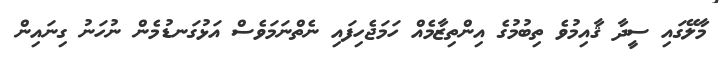
މާލޭގައި ސީދާ ޤާއިމުވެ ތިބުމުގެ އިންތިޒާމެއް ހަމަޖެހިފައި ނެތްނަމަވެސް އަޅުގަނޑުމެން ނުހަނު ގިނައިން